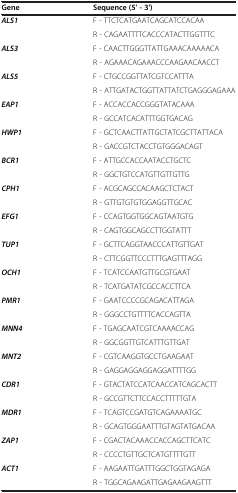
<table><thead><tr><td><b>Gene</b></td><td><b>Sequence (5&#x27; - 3&#x27;)</b></td></tr></thead><tbody><tr><td rowspan="2"><b><i>ALS1</i></b></td><td>F - TTCTCATGAATCAGCATCCACAA</td></tr><tr><td>R - CAGAATTTTCACCCATACTTGGTTTC</td></tr><tr><td rowspan="2"><b><i>ALS3</i></b></td><td>F - CAACTTGGGTTATTGAAACAAAAACA</td></tr><tr><td>R - AGAAACAGAAACCCAAGAACAACCT</td></tr><tr><td rowspan="2"><b><i>ALS5</i></b></td><td>F - CTGCCGGTTATCGTCCATTTA</td></tr><tr><td>R - ATTGATACTGGTTATTATCTGAGGGAGAAA</td></tr><tr><td rowspan="2"><b><i>EAP1</i></b></td><td>F - ACCACCACCGGGTATACAAA</td></tr><tr><td>R - GCCATCACATTTGGTGACAG</td></tr><tr><td rowspan="2"><b><i>HWP1</i></b></td><td>F - GCTCAACTTATTGCTATCGCTTATTACA</td></tr><tr><td>R - GACCGTCTACCTGTGGGACAGT</td></tr><tr><td rowspan="2"><b><i>BCR1</i></b></td><td>F - ATTGCCACCAATACCTGCTC</td></tr><tr><td>R - GGCTGTCCATGTTGTTGTTG</td></tr><tr><td rowspan="2"><b><i>CPH1</i></b></td><td>F - ACGCAGCCACAAGCTCTACT</td></tr><tr><td>R - GTTGTGTGTGGAGGTTGCAC</td></tr><tr><td rowspan="2"><b><i>EFG1</i></b></td><td>F - CCAGTGGTGGCAGTAATGTG</td></tr><tr><td>R - CAGTGGCAGCCTTGGTATTT</td></tr><tr><td rowspan="2"><b><i>TUP1</i></b></td><td>F - GCTTCAGGTAACCCATTGTTGAT</td></tr><tr><td>R - CTTCGGTTCCCTTTGAGTTTAGG</td></tr><tr><td rowspan="2"><b><i>OCH1</i></b></td><td>F - TCATCCAATGTTGCGTGAAT</td></tr><tr><td>R - TCATGATATCGCCACCTTCA</td></tr><tr><td rowspan="2"><b><i>PMR1</i></b></td><td>F - GAATCCCCGCAGACATTAGA</td></tr><tr><td>R - GGGCCTGTTTTCACCAGTTA</td></tr><tr><td rowspan="2"><b><i>MNN4</i></b></td><td>F - TGAGCAATCGTCAAAACCAG</td></tr><tr><td>R - GGCGGTTGTCATTTGTTGAT</td></tr><tr><td rowspan="2"><b><i>MNT2</i></b></td><td>F - CGTCAAGGTGCCTGAAGAAT</td></tr><tr><td>R - GAGGAGGAGGAGGATTTTGG</td></tr><tr><td rowspan="2"><b><i>CDR1</i></b></td><td>F - GTACTATCCATCAACCATCAGCACTT</td></tr><tr><td>R - GCCGTTCTTCCACCTTTTTGTA</td></tr><tr><td rowspan="2"><b><i>MDR1</i></b></td><td>F - TCAGTCCGATGTCAGAAAATGC</td></tr><tr><td>R - GCAGTGGGAATTTGTAGTATGACAA</td></tr><tr><td rowspan="2"><b><i>ZAP1</i></b></td><td>F - CGACTACAAACCACCAGCTTCATC</td></tr><tr><td>R - CCCCTGTTGCTCATGTTTTGTT</td></tr><tr><td rowspan="2"><b><i>ACT1</i></b></td><td>F - AAGAATTGATTTGGCTGGTAGAGA</td></tr><tr><td>R - TGGCAGAAGATTGAGAAGAAGTTT</td></tr></tbody></table>